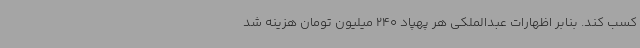
کسب کند. بنابر اظهارات عبدالملکی هر پهپاد 240 میلیون تومان هزینه شد